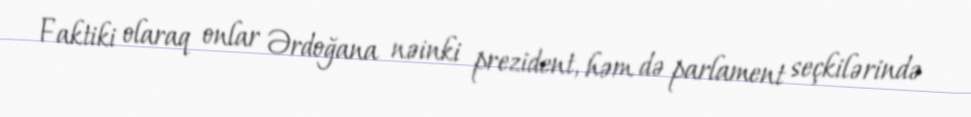
Faktiki olaraq onlar Ərdoğana nəinki prezident, həm də parlament seçkilərində